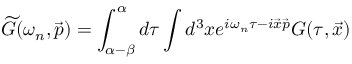
\widetilde { G } ( \omega _ { n } , \vec { p } ) = \int _ { \alpha - \beta } ^ { \alpha } d \tau \int d ^ { 3 } x e ^ { i \omega _ { n } \tau - i \vec { x } \vec { p } } G ( \tau , \vec { x } )